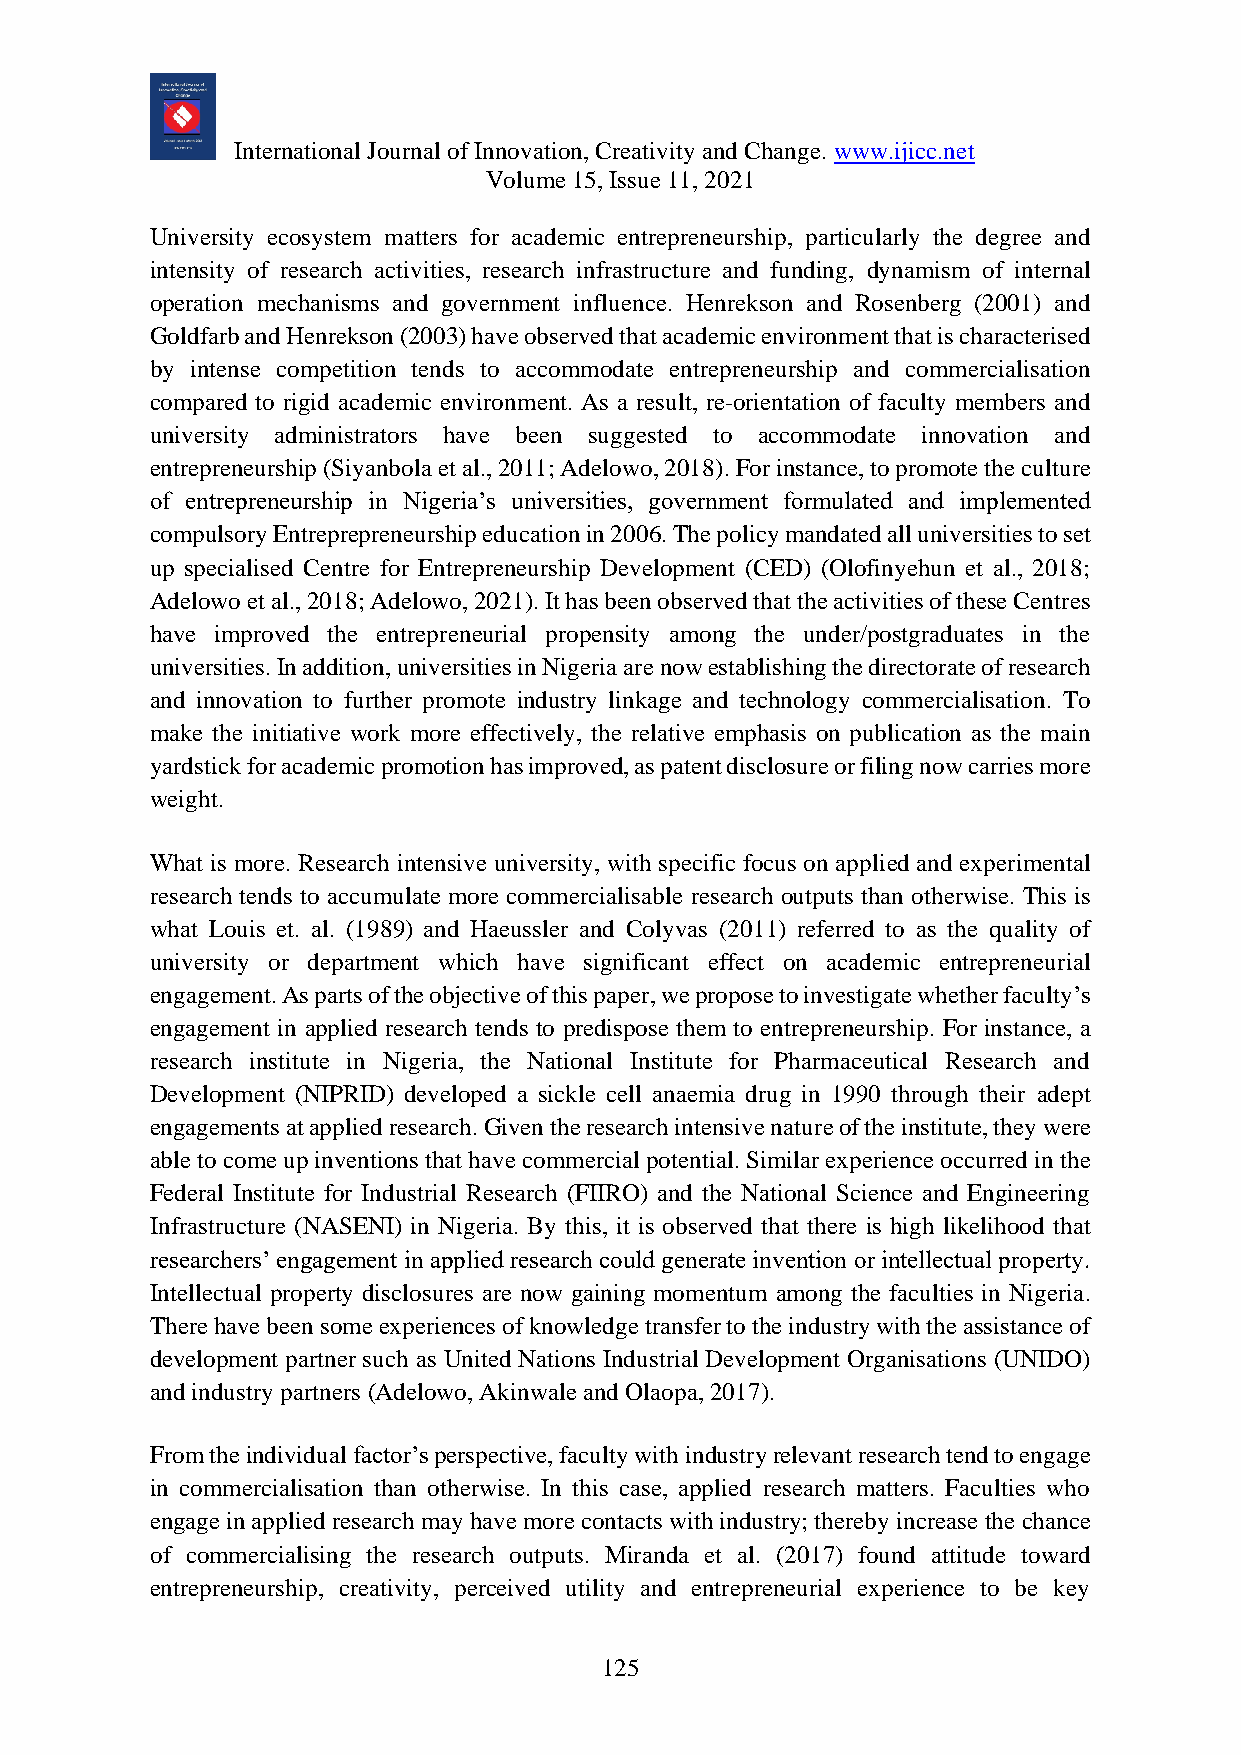
International Journal of Innovation, Creativity and Change. www.ijicc.net
 Volume 15, Issue 11, 2021
 University ecosystem matters for academic entrepreneurship, particularly the degree and
 intensity of research activities, research infrastructure and funding, dynamism of internal
 operation mechanisms and government influence. Henrekson and Rosenberg (2001) and
 Goldfarb and Henrekson (2003) have observed that academic environment that is characterised
 by intense competition tends to accommodate entrepreneurship and commercialisation
 compared to rigid academic environment. As a result, re-orientation of faculty members and
 university administrators have been suggested to accommodate innovation and
 entrepreneurship (Siyanbola et al., 2011; Adelowo, 2018). For instance, to promote the culture
 of entrepreneurship in Nigeria’s universities, government formulated and implemented
 compulsory Entreprepreneurship education in 2006. The policy mandated all universities to set
 up specialised Centre for Entrepreneurship Development (CED) (Olofinyehun et al., 2018;
 Adelowo et al., 2018; Adelowo, 2021). It has been observed that the activities of these Centres
 have improved the entrepreneurial propensity among the under/postgraduates in the
 universities. In addition, universities in Nigeria are now establishing the directorate of research
 and innovation to further promote industry linkage and technology commercialisation. To
 make the initiative work more effectively, the relative emphasis on publication as the main
 yardstick for academic promotion has improved, as patent disclosure or filing now carries more
 weight.
 What is more. Research intensive university, with specific focus on applied and experimental
 research tends to accumulate more commercialisable research outputs than otherwise. This is
 what Louis et. al. (1989) and Haeussler and Colyvas (2011) referred to as the quality of
 university or department which have significant effect on academic entrepreneurial
 engagement. As parts of the objective of this paper, we propose to investigate whether faculty’s
 engagement in applied research tends to predispose them to entrepreneurship. For instance, a
 research institute in Nigeria, the National Institute for Pharmaceutical Research and
 Development (NIPRID) developed a sickle cell anaemia drug in 1990 through their adept
 engagements at applied research. Given the research intensive nature of the institute, they were
 able to come up inventions that have commercial potential. Similar experience occurred in the
 Federal Institute for Industrial Research (FIIRO) and the National Science and Engineering
 Infrastructure (NASENI) in Nigeria. By this, it is observed that there is high likelihood that
 researchers’ engagement in applied research could generate invention or intellectual property.
 Intellectual property disclosures are now gaining momentum among the faculties in Nigeria.
 There have been some experiences of knowledge transfer to the industry with the assistance of
 development partner such as United Nations Industrial Development Organisations (UNIDO)
 and industry partners (Adelowo, Akinwale and Olaopa, 2017).
 From the individual factor’s perspective, faculty with industry relevant research tend to engage
 in commercialisation than otherwise. In this case, applied research matters. Faculties who
 engage in applied research may have more contacts with industry; thereby increase the chance
 of commercialising the research outputs. Miranda et al. (2017) found attitude toward
 entrepreneurship, creativity, perceived utility and entrepreneurial experience to be key
 125